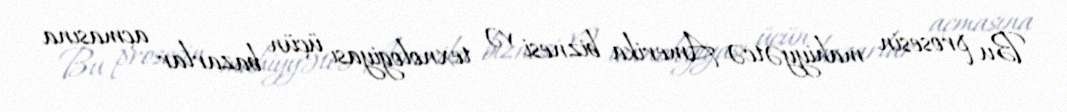
Bu prosesin mahiyyətcə Amerika biznesi və texnologiyası üçün bazarlar açmasına